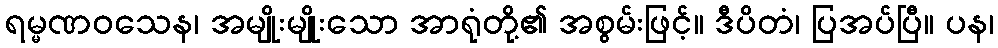
ရမ္မဏဝသေန၊ အမျိုးမျိုးသော အာရုံတို့၏ အစွမ်းဖြင့်။ ဒီပိတံ၊ ပြအပ်ပြီ။ ပန၊